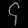
Digit: ၄